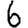
Digit: 6